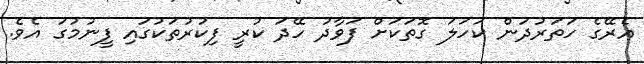
އެރޭގެ ހަތަރުދަން ކަހަލަ ގޮތަކަށް ފަވާދު ހޭދަ ކުރީ ފިކުރުތަކުގައި ފީނުމުގަ އެވެ.